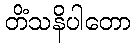
တိံသနိပါတော